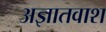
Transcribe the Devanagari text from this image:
अज्ञातवाश